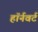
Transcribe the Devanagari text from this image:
हॉर्नवर्ट